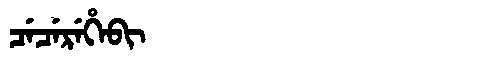
Manchu: ᠴᡝᠴᡝᡵᡝᡥᡝᠪᡳ
Romanization: CECEREHEBI